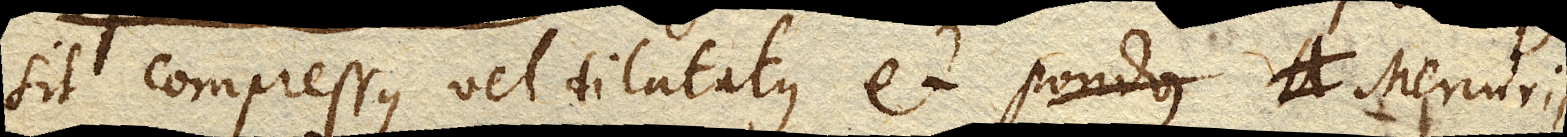
sit compressus vel dilatatus et pondus Mercurii